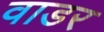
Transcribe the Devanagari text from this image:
वाडर